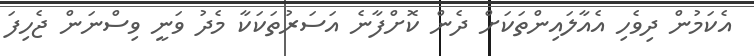
އެކަމުން ދިވެހި އެއާލައިންތަކަށް ދެން ކޮށްފާނެ އަސަރުތަކަކާ މެދު ވަނީ ވިސްނަން ޖެހިފަ